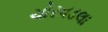
ચોરવડલા